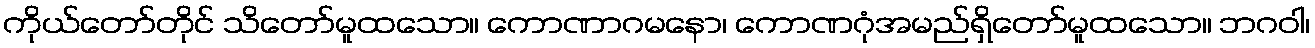
ကိုယ်တော်တိုင် သိတော်မူထသော။ ကောဏာဂမနော၊ ကောဏဂုံအမည်ရှိတော်မူထသော။ ဘဂဝါ၊